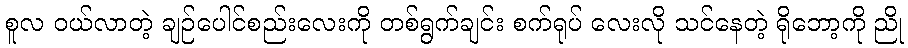
စူလ ဝယ်လာတဲ့ ချဉ်ပေါင်စည်းလေးကို တစ်ရွက်ချင်း စက်ရုပ် လေးလို သင်နေတဲ့ ရိုဘော့ကို ညို